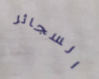
السجائر